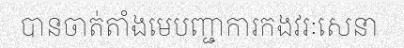
បានចាត់តាំងមេបញ្ជាការកងវរៈសេនា